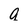
Character: a